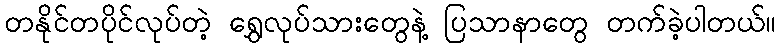
တနိုင်တပိုင်လုပ်တဲ့ ရွှေလုပ်သားတွေနဲ့ ပြသာနာတွေ တက်ခဲ့ပါတယ်။